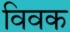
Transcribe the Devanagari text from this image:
विवक